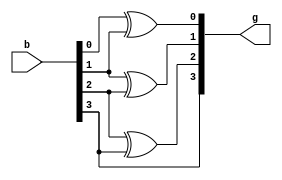
module binary_to_gray(b,g);
input [3:0]b;
output [3:0]g;
xor (g[0],b[0],b[1]);
xor (g[1],b[1],b[2]);
xor (g[2],b[2],b[3]);
or  (g[3],b[3],b[3]);
endmodule 
module binary_to_gray_test;
reg [3:0]bb;
wire [3:0]gg;
binary_to_gray xx(.b(bb),.g(gg));
initial 
begin

#100 bb = 4'b0001;
#100 bb = 4'b0011;
#100 bb = 4'b0111;
#100 bb = 4'b0001;
#100 bb = 4'b1101;
end
endmodule